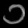
Digit: ၁